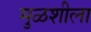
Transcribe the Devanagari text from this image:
मुळशीला